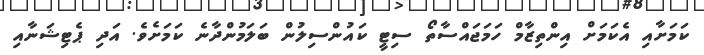
ކަމަށާއި އެކަމަށް އިންތިޒާމް ހަމަޖައްސާތޯ ސިޓީ ކައުންސިލުން ބަލަމުންދާނެ ކަމަށެވެ. އަދި ޕެޓިޝަނާއި